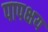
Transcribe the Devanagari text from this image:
पापक्षय